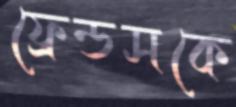
ফ্রেন্ডসকে